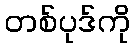
တစ်ပုဒ်ကို